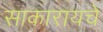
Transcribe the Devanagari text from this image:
साकारायचे